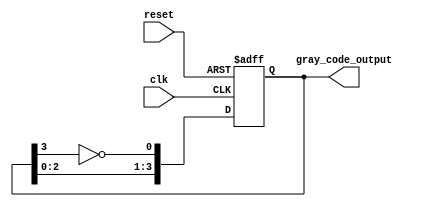
module gray_code_ring_counter (
  input wire clk,  // Clock input
  input wire reset,  // Reset input
  output reg [3:0] gray_code_output  // Gray code output
);

reg [3:0] current_state;  // Current state of the counter

always @(posedge clk or posedge reset) begin
  if (reset) begin
    current_state <= 4'b0000;  // Initial state
  end else begin
    current_state <= {current_state[2:0], ~current_state[3]};  // Shift current state to the left and invert MSB
  end
end

assign gray_code_output = current_state;  // Assign current state to output

endmodule